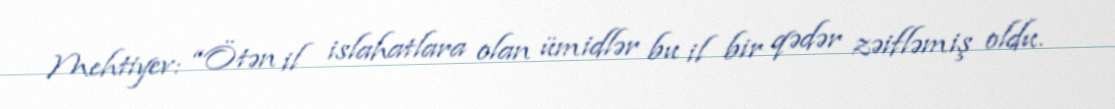
Mehtiyev: “Ötən il islahatlara olan ümidlər bu il bir qədər zəifləmiş oldu.